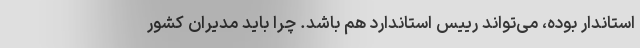
استاندار بوده، می‌تواند رییس استاندارد هم باشد. چرا باید مدیران کشور